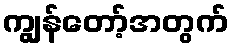
ကျွန်တော့်အတွက်